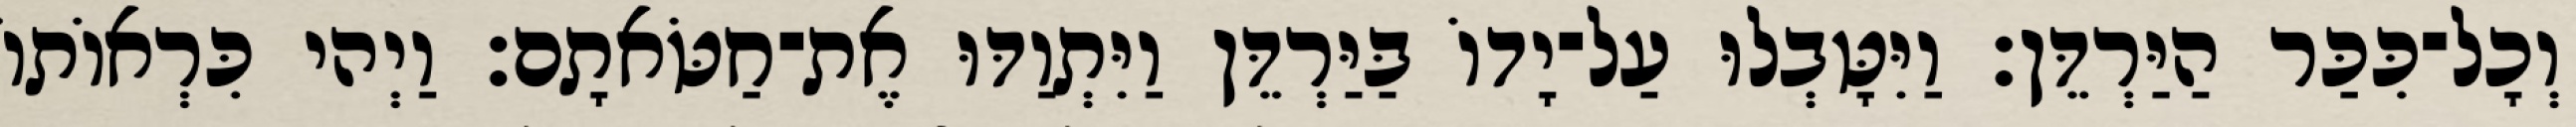
וְכָל־כִּכַּר הַיַּרְדֵּן׃ וַיִּטָּבְלוּ עַל־יָדוֹ בַּיַּרְדֵּן וַיִּתְוַדּוּ אֶת־חַטֹּאתָם׃ וַיְהי כִּרְאוֹתוֹ